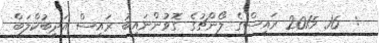
:  16